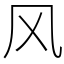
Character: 风